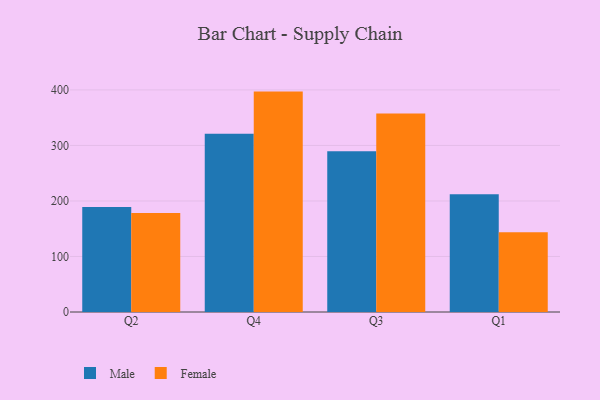
{"axis": {"x": "Quarter", "y": "Gross Profit (USD K)"}, "legend": ["Female", "Male"], "data": [{"x": "Q2", "y": 189.3, "type": "Male"}, {"x": "Q2", "y": 178.2, "type": "Female"}, {"x": "Q4", "y": 320.9, "type": "Male"}, {"x": "Q4", "y": 397.0, "type": "Female"}, {"x": "Q3", "y": 289.7, "type": "Male"}, {"x": "Q3", "y": 357.7, "type": "Female"}, {"x": "Q1", "y": 212.2, "type": "Male"}, {"x": "Q1", "y": 143.6, "type": "Female"}]}